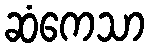
ဆံကေသာ